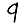
Digit: 9